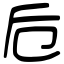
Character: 卮